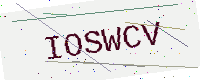
Text: IOSWCV